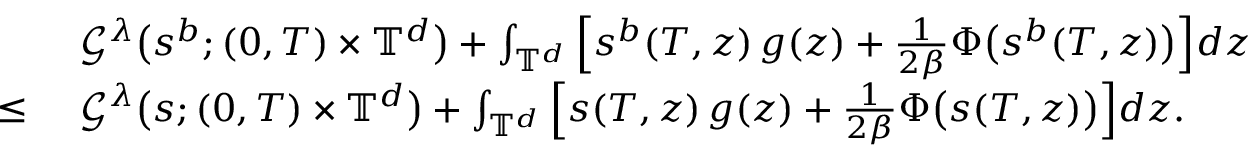
\begin{array} { r l } & { \ \mathcal { G } ^ { \lambda } \big ( s ^ { b } ; ( 0 , T ) \times \mathbb { T } ^ { d } \big ) + \int _ { \mathbb { T } ^ { d } } \Big [ s ^ { b } ( T , z ) \, g ( z ) + \frac { 1 } { 2 \beta } \Phi \big ( s ^ { b } ( T , z ) \big ) \Big ] d z } \\ { \leq } & { \ \mathcal { G } ^ { \lambda } \big ( s ; ( 0 , T ) \times \mathbb { T } ^ { d } \big ) + \int _ { \mathbb { T } ^ { d } } \Big [ s ( T , z ) \, g ( z ) + \frac { 1 } { 2 \beta } \Phi \big ( s ( T , z ) \big ) \Big ] d z . } \end{array}